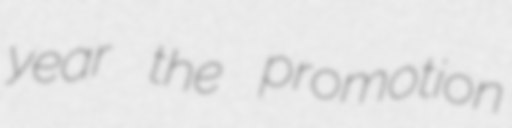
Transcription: year the promotion